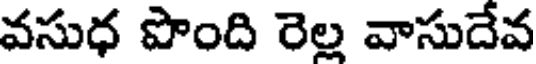
వసుధ పొంది రెల్ల వాసుదేవ